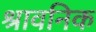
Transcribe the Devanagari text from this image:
श्रावनिक